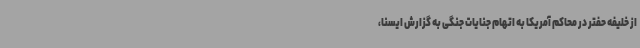
از خلیفه حفتر در محاکم آمریکا به اتهام جنایات جنگی به گزارش ایسنا،